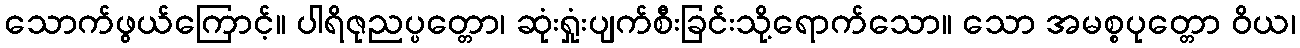
သောက်ဖွယ်ကြောင့်။ ပါရိဇုညပ္ပတ္တော၊ ဆုံးရှုံးပျက်စီးခြင်းသို့ရောက်သော။ သော အမစ္စပုတ္တော ဝိယ၊